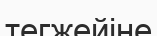
тегжейіне